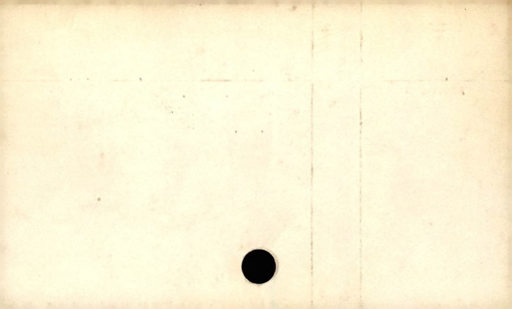
Label: blank